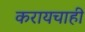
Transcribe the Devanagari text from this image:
करायचाही